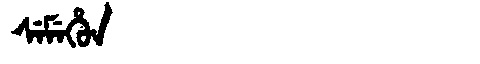
Manchu: ᠰᡝᠮᡝᡥᡠᠨ
Romanization: SEMEHUN